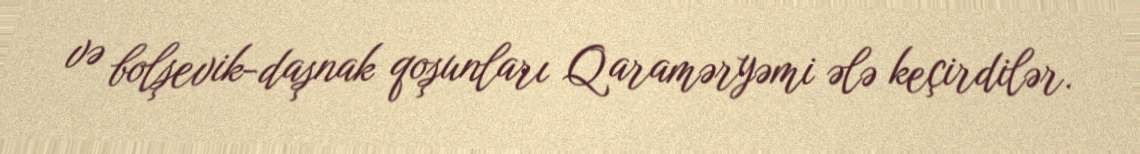
və bolşevik-daşnak qoşunları Qaraməryəmi ələ keçirdilər.